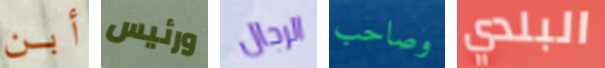
أبن ورئيس الرجال وصاحب البلدي